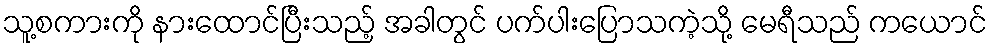
သူ့စကားကို နားထောင်ပြီးသည့် အခါတွင် ပက်ပါးပြောသကဲ့သို့ မေရီသည် ကယောင်